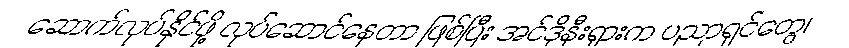
ဆောက်လုပ်နိုင်ဖို့ လုပ်ဆောင်နေတာ ဖြစ်ပြီး အင်ဒိုနီးရှားက ပညာရှင်တွေ၊